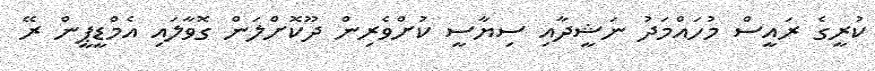
ކުރީގެ ރައީސް މުހައްމަދު ނަޝީދާއި ސިޔާސީ ކުށްވެރިން ދޫކޮށްލަން ގޮވާލައި އެމްޑީޕީން ރޭ